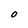
Character: O